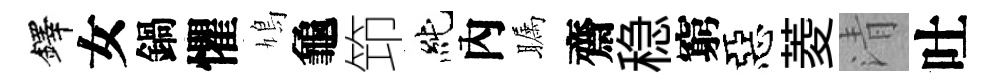
鐸女鍋懼鳩龜笻純內瞩齋稳窮惡菱清吐